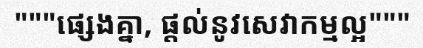
"""ផ្សេងគ្នា, ផ្តល់នូវសេវាកម្មល្អ"""